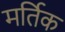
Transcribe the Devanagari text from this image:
मर्तिक